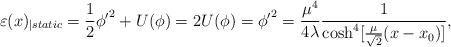
LaTeX: \begin{align*}\varepsilon (x)_{\mid static}=\frac{1}{2}\phi {'}^{2}+U(\phi )=2U(\phi )=\phi {'}^{2}=\frac{\mu ^{4}}{4\lambda }\frac{1}{\cosh ^{4}[\frac{\mu }{\sqrt{2}}(x-x_{0})]},\end{align*}